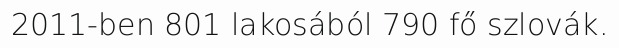
2011-ben 801 lakosából 790 fő szlovák.